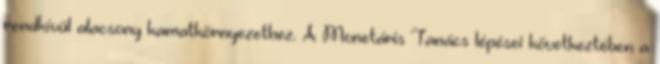
rendkívül alacsony kamatkörnyezethez. A Monetáris Tanács lépései következtében a